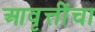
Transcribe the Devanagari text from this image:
आवृत्तींचा